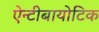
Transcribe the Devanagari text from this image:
ऐन्टीबायोटिक